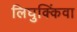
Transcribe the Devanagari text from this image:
लिघुक्किंवा